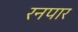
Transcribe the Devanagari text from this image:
रनपार